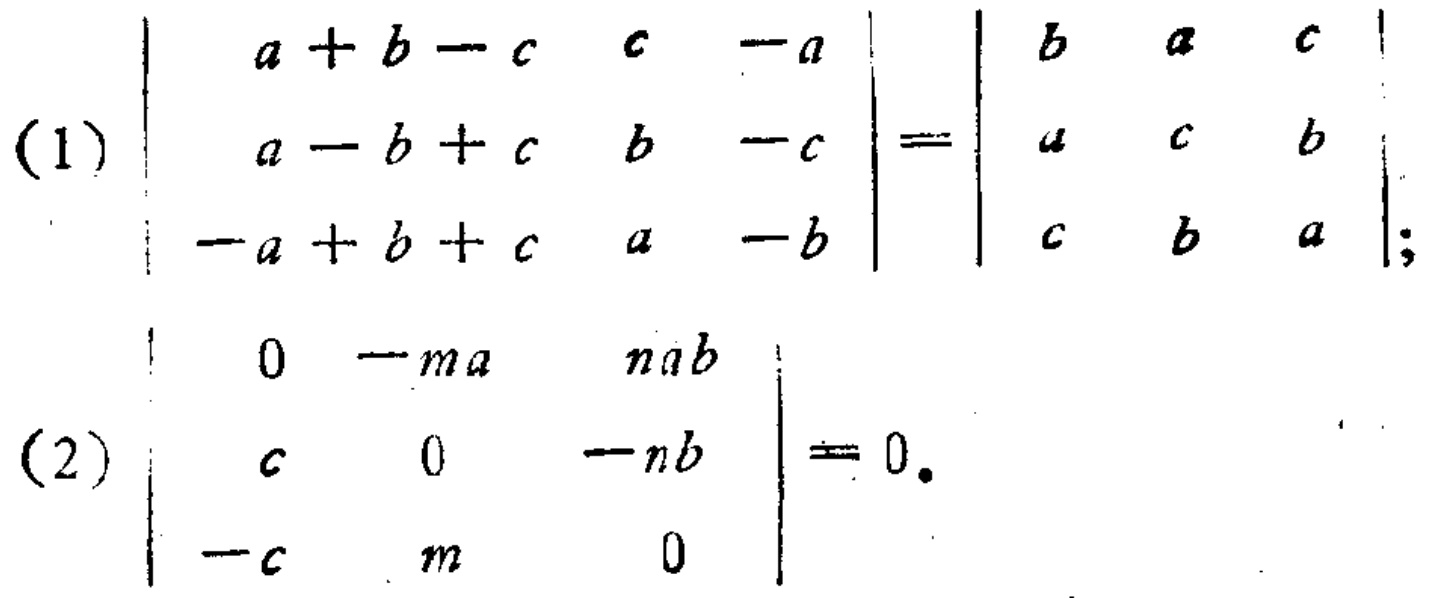
(1) \(\begin{vmatrix}
a + b - c & c & -a \\
a - b + c & b & -c \\
-a + b + c & a & -b
\end{vmatrix}=\begin{vmatrix}
b & a & c \\
a & c & b \\
c & b & a
\end{vmatrix}\);
(2) \(\begin{vmatrix}
0 & -ma & nab \\
c & 0 & -nb \\
-c & m & 0
\end{vmatrix}=0\)